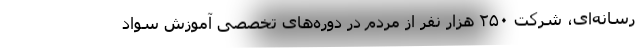
رسانه‌ای، شرکت ۲۵۰ هزار نفر از مردم در دوره‌های تخصصی آموزش سواد